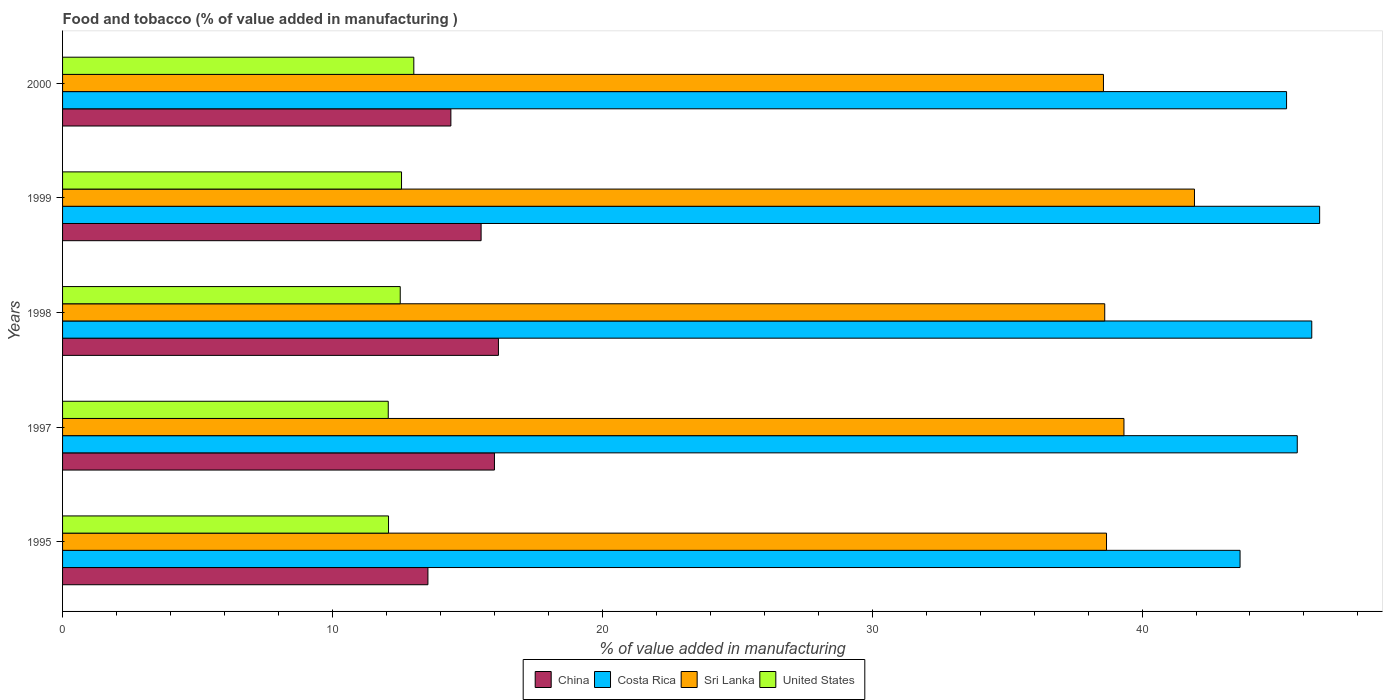
| Years | China | Costa Rica | Sri Lanka | United States |
 | --- | --- | --- | --- | --- |
 | 1995 | 13.5 | 43.6 | 38.7 | 12.1 |
 | 1997 | 16 | 45.8 | 39.3 | 12.1 |
 | 1998 | 16.2 | 46.3 | 38.6 | 12.5 |
 | 1999 | 15.5 | 46.6 | 41.9 | 12.6 |
 | 2000 | 14.4 | 45.4 | 38.6 | 13 |